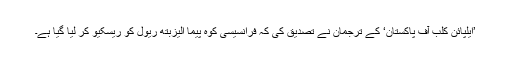
’ايلپائن کلب آف پاکستان‘ کے ترجمان نے تصديق کی کہ فرانسيسی کوہ پيما اليزبتھ ريول کو ريسکيو کر ليا گيا ہے۔